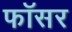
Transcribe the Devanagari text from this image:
फॉसर